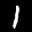
Label: 1